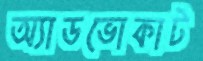
অ্যাডভোকাট